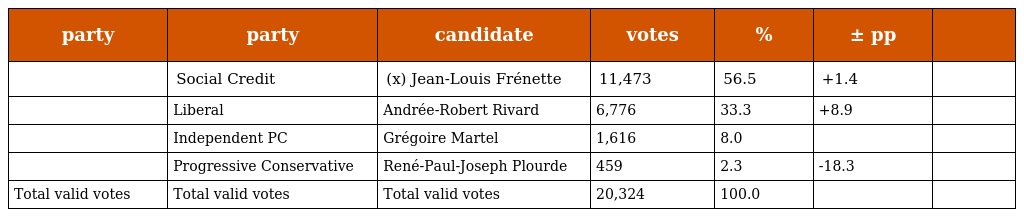
| party | party | candidate | votes | % | ± pp |  |
 | --- | --- | --- | --- | --- | --- | --- |
 |  | Social Credit | (x) Jean-Louis Frénette | 11,473 | 56.5 | +1.4 |  |
 |  | Liberal | Andrée-Robert Rivard | 6,776 | 33.3 | +8.9 |  |
 |  | Independent PC | Grégoire Martel | 1,616 | 8.0 |  |  |
 |  | Progressive Conservative | René-Paul-Joseph Plourde | 459 | 2.3 | -18.3 |  |
 | Total valid votes | Total valid votes | Total valid votes | 20,324 | 100.0 |  |  |